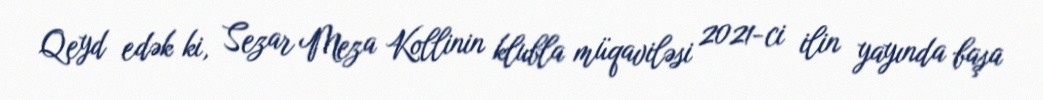
Qeyd edək ki, Sezar Meza Kollinin klubla müqaviləsi 2021-ci ilin yayında başa